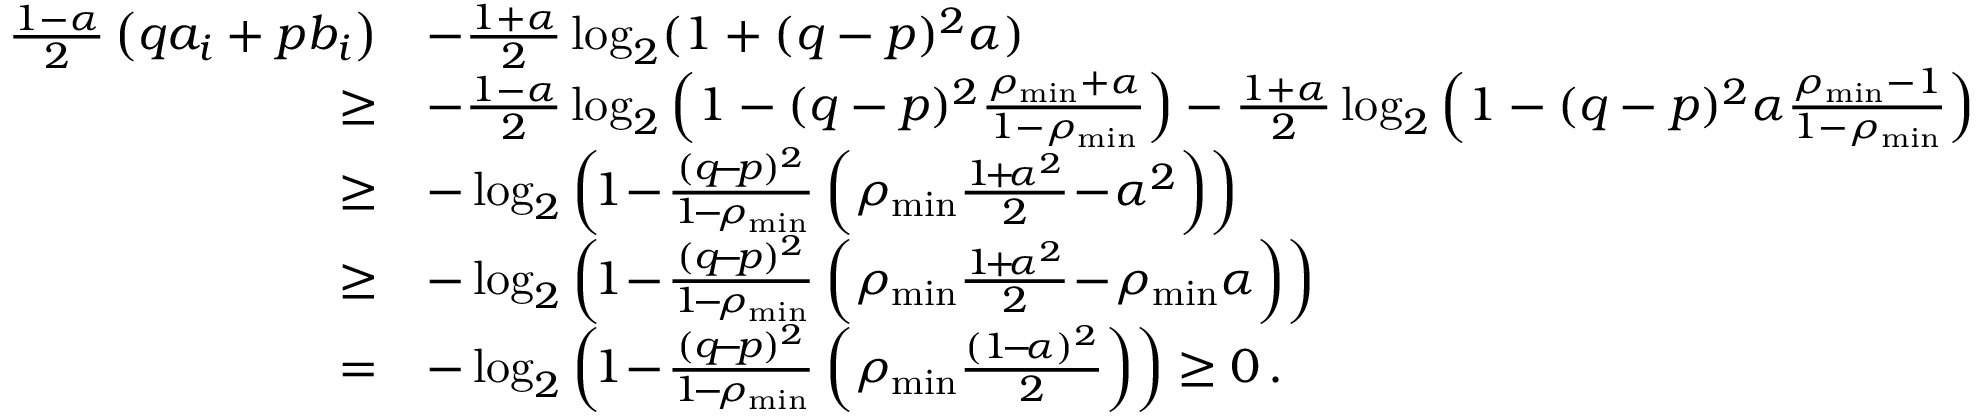
\begin{array} { r l } { \frac { 1 - \alpha } { 2 } \left( q a _ { i } + p b _ { i } \right) } & { - \frac { 1 + \alpha } { 2 } \log _ { 2 } ( 1 + ( q - p ) ^ { 2 } \alpha ) } \\ { \ge } & { - \frac { 1 - \alpha } { 2 } \log _ { 2 } \left( 1 - ( q - p ) ^ { 2 } \frac { \rho _ { \operatorname* { m i n } } + \alpha } { 1 - \rho _ { \operatorname* { m i n } } } \right) - \frac { 1 + \alpha } { 2 } \log _ { 2 } \left( 1 - ( q - p ) ^ { 2 } \alpha \frac { \rho _ { \operatorname* { m i n } } - 1 } { 1 - \rho _ { \operatorname* { m i n } } } \right) } \\ { \ge } & { - \log _ { 2 } \left( \! 1 \! - \! \frac { ( q \! - \! p ) ^ { 2 } } { 1 \! - \! \rho _ { \operatorname* { m i n } } } \left( \rho _ { \operatorname* { m i n } } \frac { 1 \! + \! \alpha ^ { 2 } } { 2 } \! - \! \alpha ^ { 2 } \right) \right) } \\ { \ge } & { - \log _ { 2 } \left( \! 1 \! - \! \frac { ( q \! - \! p ) ^ { 2 } } { 1 \! - \! \rho _ { \operatorname* { m i n } } } \left( \rho _ { \operatorname* { m i n } } \frac { 1 \! + \! \alpha ^ { 2 } } { 2 } \! - \! \rho _ { \operatorname* { m i n } } \alpha \right) \right) } \\ { = } & { - \log _ { 2 } \left( \! 1 \! - \! \frac { ( q \! - \! p ) ^ { 2 } } { 1 \! - \! \rho _ { \operatorname* { m i n } } } \left( \rho _ { \operatorname* { m i n } } \frac { ( 1 \! - \! \alpha ) ^ { 2 } } { 2 } \right) \right) \ge 0 \, . } \end{array}